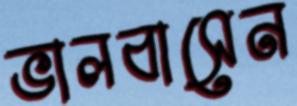
ভালবাসেন